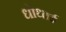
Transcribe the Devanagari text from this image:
धोधाई